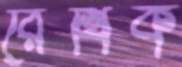
রৈখিক